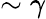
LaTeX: \sim\gamma